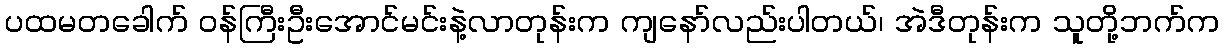
ပထမတခေါက် ဝန်ကြီးဦးအောင်မင်းနဲ့လာတုန်းက ကျနော်လည်းပါတယ်၊ အဲဒီတုန်းက သူတို့ဘက်က